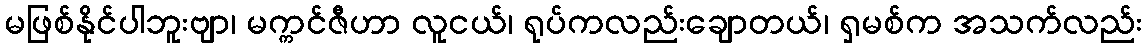
မဖြစ်နိုင်ပါဘူးဗျာ၊ မက္ကင်ဇီဟာ လူငယ်၊ ရုပ်ကလည်းချောတယ်၊ ရှမစ်က အသက်လည်း